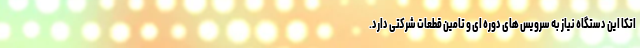
اتکا این دستگاه نیاز به سرویس های دوره ای و تامین قطعات شرکتی دارد.